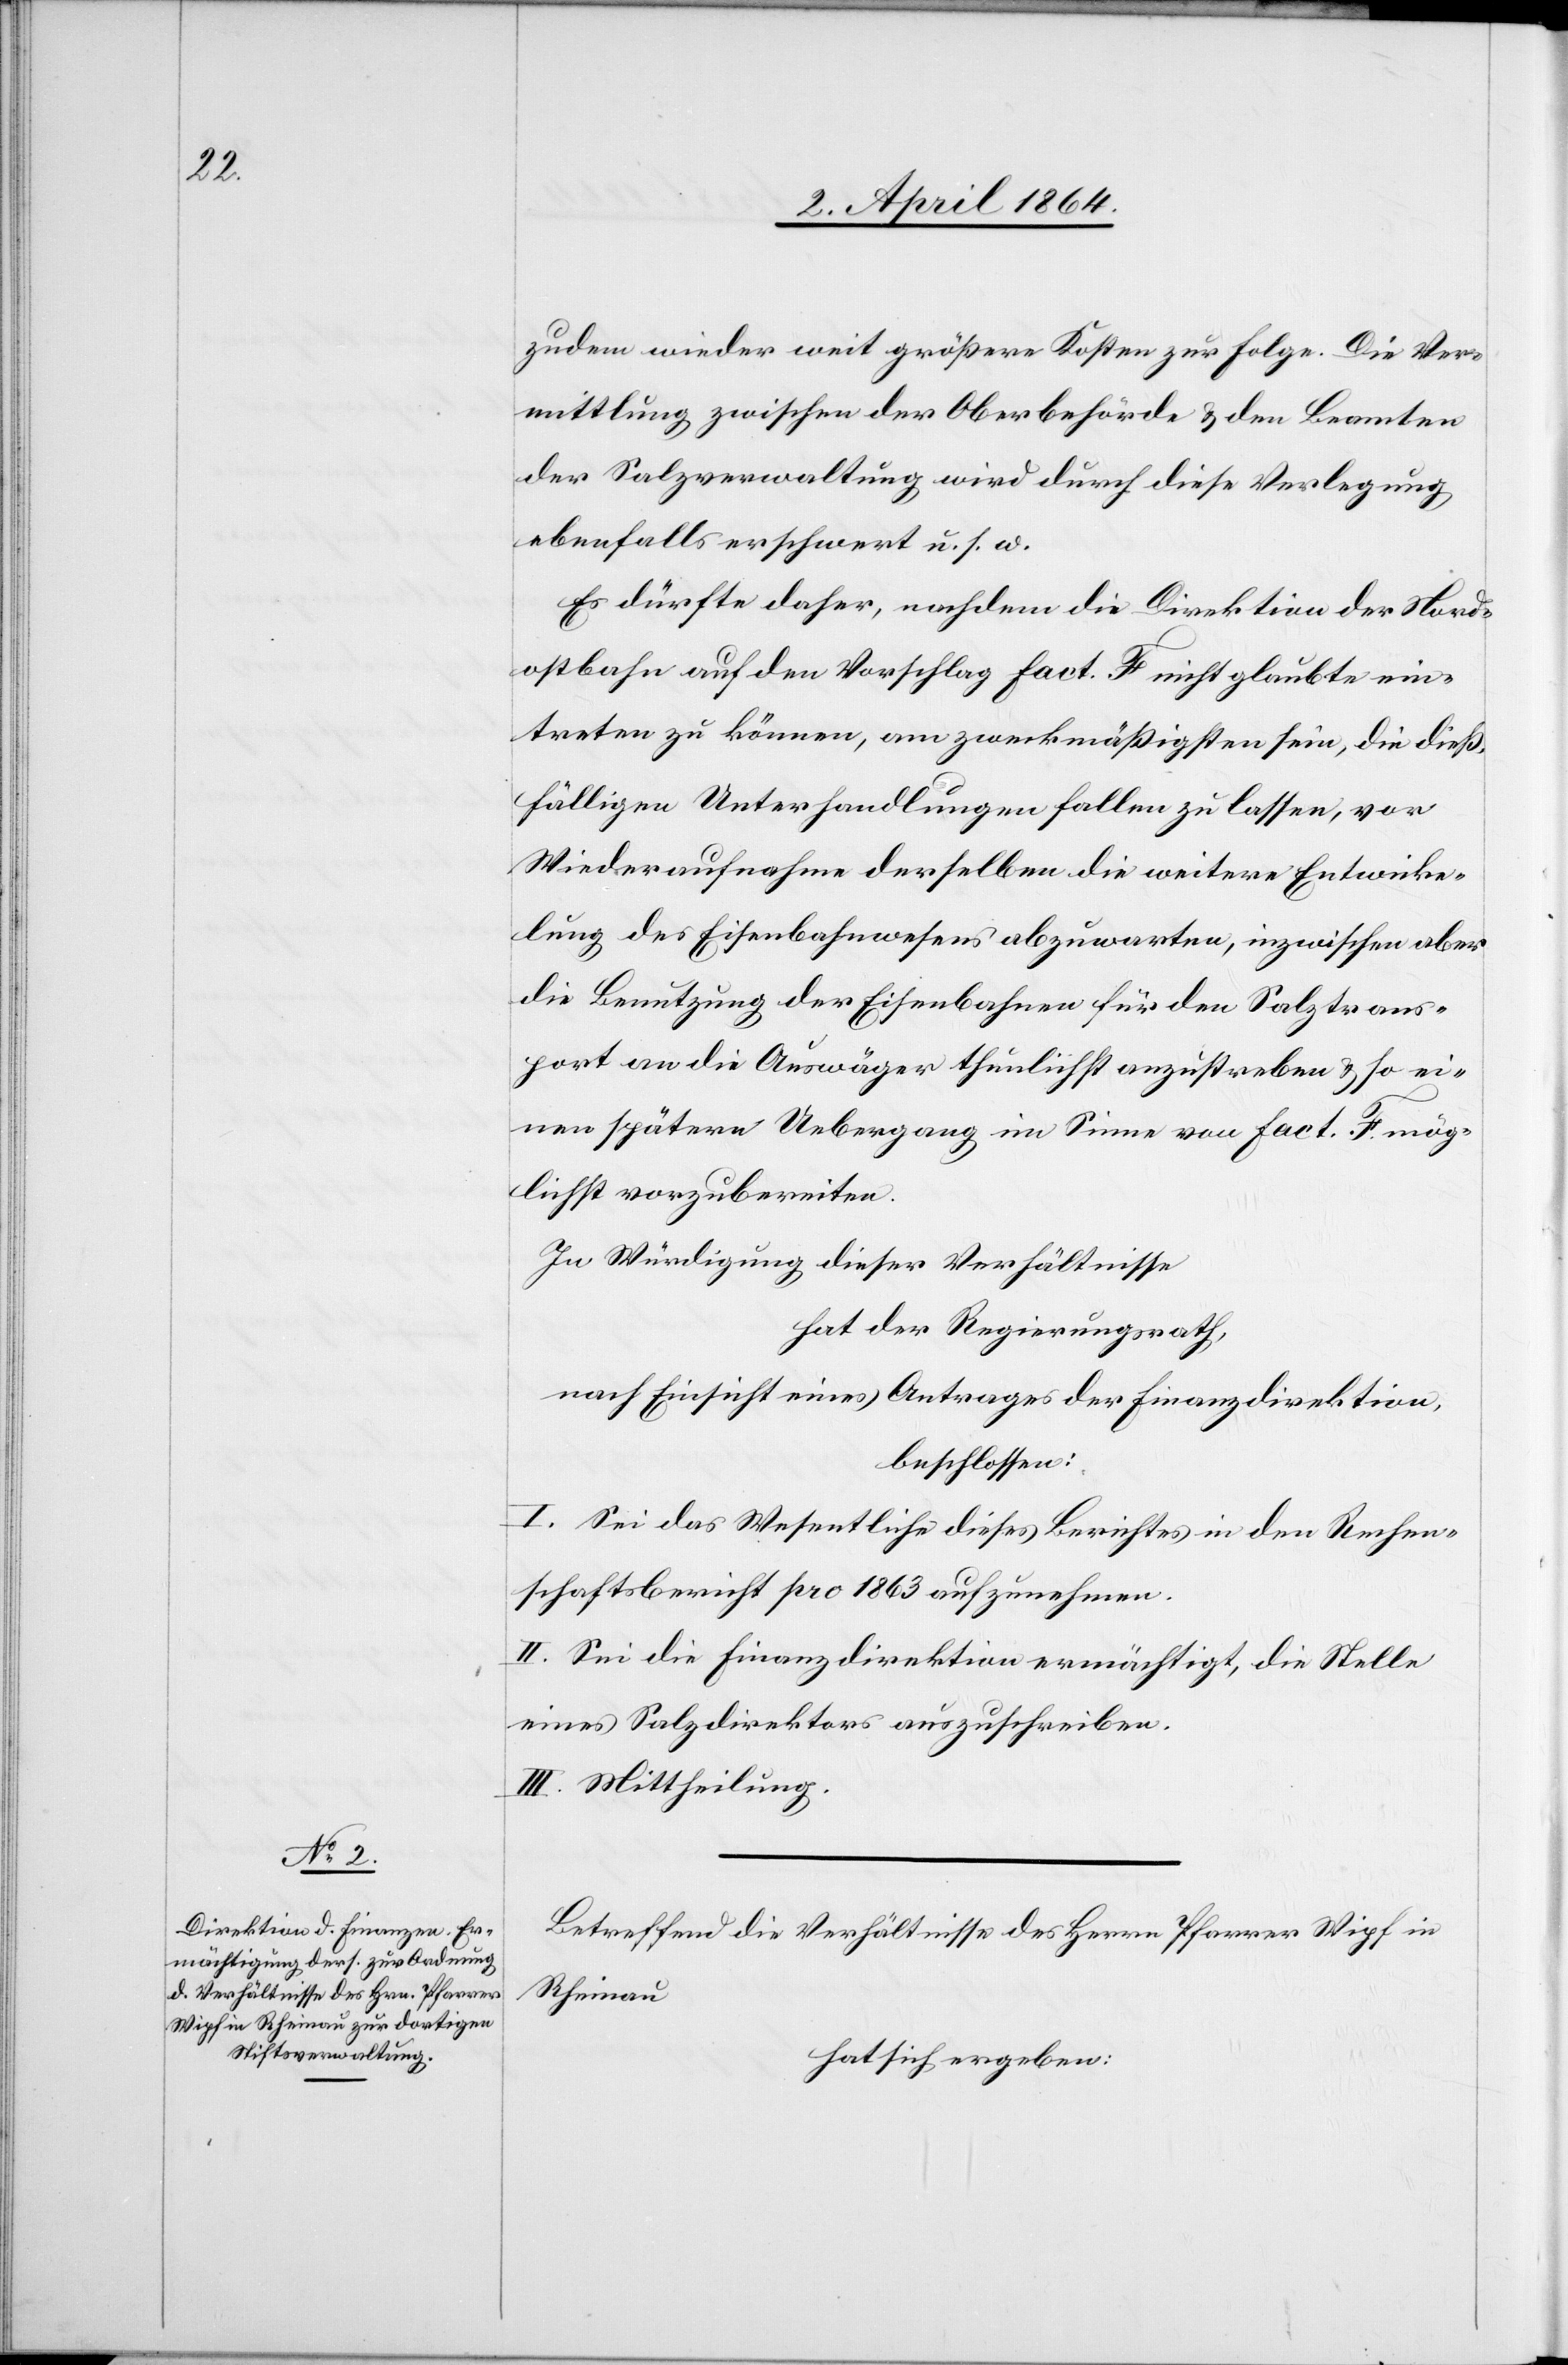
zudem wieder weit größere Kosten zur Folge. Die Ver¬
mittlung zwischen der Oberbehörde u. den Beamten
der Salzverwaltung wird durch diese Verlegung
ebenfalls erschwert u. s. w.
Es dürfte daher, nachdem die Direktion der Nord¬
ostbahn auf den Vorschlag fact. F. nicht glaubte ein¬
treten zu können, am zweckmäßigsten sein, die dieß¬
fälligen Unterhandlungen fallen zu lassen, vor
Wiederaufnahme derselben die weitere Entwicke¬
lung des Eisenbahnwesens abzuwarten, inzwischen aber
die Benutzung der Eisenbahnen für den Salztrans¬
port an die Auswäger thunlichst anzustreben u. so ei¬
nen spätern Uebergang im Sinne von fact. F. mög¬
lichst vorzubereiten.
In Würdigung dieser Verhältnisse
hat der Regierungsrath,
nach Einsicht eines Antrages der Finanzdirektion,
beschlossen:
I. Sei das Wesentliche dieses Berichtes in den Rechen¬
schaftsbericht pro 1863 aufzunehmen.
II. Sei die Finanzdirektion ermächtigt, die Stelle
eines Salzdirektors auszuschreiben.
III. Mittheilung.
Betreffend die Verhältnisse des Herrn Pfarrer Wipf in
Rheinau
hat sich ergeben: